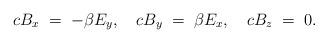
LaTeX: \begin{align*}c B_x \; = \; - \beta E_y , \quad c B_y \; = \; \beta E_x , \quad c B_z \; = \; 0 .\end{align*}